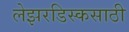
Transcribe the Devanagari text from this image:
लेझरडिस्कसाठी